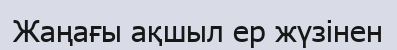
Жаңағы ақшыл ер жүзінен